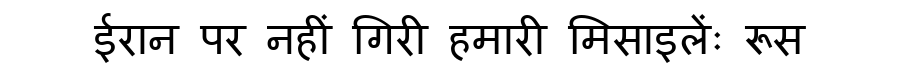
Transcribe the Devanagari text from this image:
ईरान पर नहीं गिरी हमारी मिसाइलेंः रूस